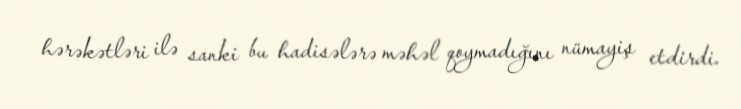
hərəkətləri ilə sanki bu hadisələrə məhəl qoymadığını nümayiş etdirdi.